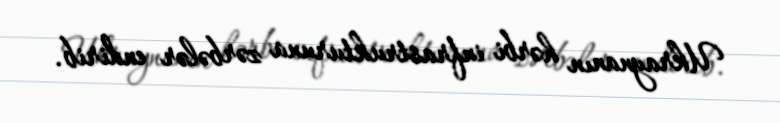
Ukraynanın hərbi infrastrukturuna zərbələr endirib.